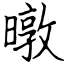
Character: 暾